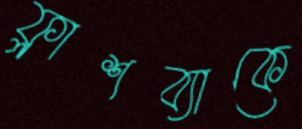
ফ্লাশব্যাকে